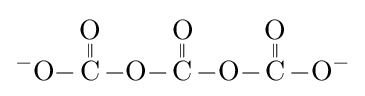
{\ce {^{-}O-{\overset {\displaystyle O \atop \|}{C}}-O-{\overset {\displaystyle O \atop \|}{C}}-O-{\overset {\displaystyle O \atop \|}{C}}-O^{-}}}